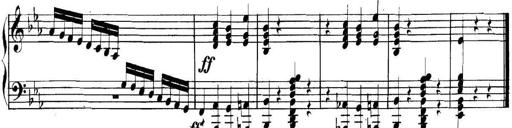
Title: Collected Piano Sonatas
Composer: Muzio Clementi